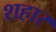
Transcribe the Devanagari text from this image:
शहार